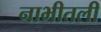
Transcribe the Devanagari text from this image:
नाभीतली